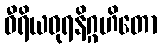
ဝီရိယဓုရနိဂ္ဂဟိတော